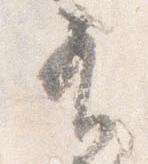
有